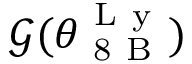
\mathcal { G } ( \theta _ { \mathrm { ~ 8 ~ B ~ } } ^ { \mathrm { ~ L ~ y ~ } } )